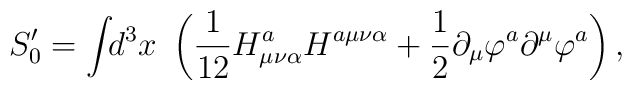
S_0^{\prime }=\int \!\!d^3x~\left( \frac 1{12}H_{\mu \nu \alpha}^aH^{a\mu \nu \alpha }+\frac 12\partial _\mu \varphi ^a\partial^\mu \varphi ^a\right) ,